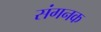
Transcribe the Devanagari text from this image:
संगनक